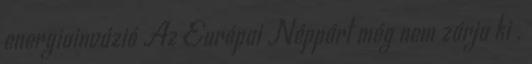
energiainvázió Az Európai Néppárt még nem zárja ki .